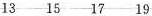
13 15 17 19